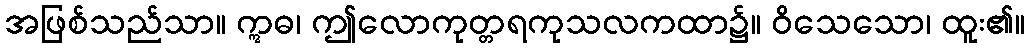
အဖြစ်သည်သာ။ ဣဓ၊ ဤလောကုတ္တရကုသလကထာ၌။ ဝိသေသော၊ ထူး၏။